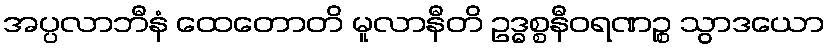
အပ္ပလာဘီနံ ထေတောတိ မူလာနီတိ ဥဒ္ဓစ္စနီဝရဏဉ္စ သွာဒယော